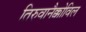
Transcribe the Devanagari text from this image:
तिरुवानैक्कोविल